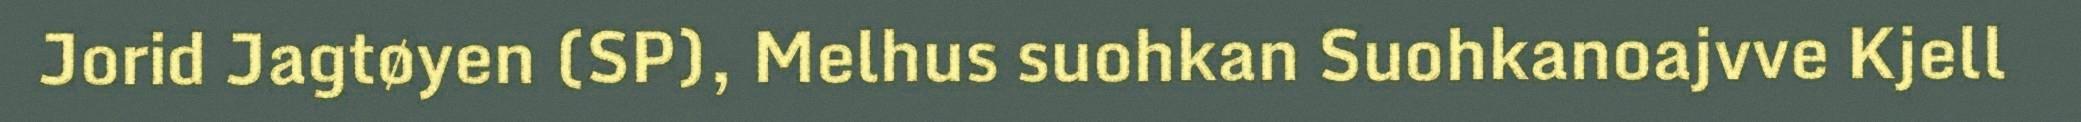
Jorid Jagtøyen (SP), Melhus suohkan Suohkanoajvve Kjell